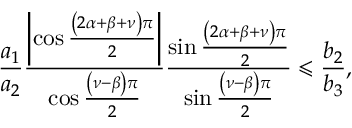
\frac { a _ { 1 } } { a _ { 2 } } \frac { \left\vert \cos \frac { \left( 2 \alpha + \beta + \nu \right) \pi } { 2 } \right\vert } { \cos \frac { \left( \nu - \beta \right) \pi } { 2 } } \frac { \sin \frac { \left( 2 \alpha + \beta + \nu \right) \pi } { 2 } } { \sin \frac { \left( \nu - \beta \right) \pi } { 2 } } \leqslant \frac { b _ { 2 } } { b _ { 3 } } ,